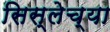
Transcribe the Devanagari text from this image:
सिस्लेच्या